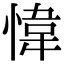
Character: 愇